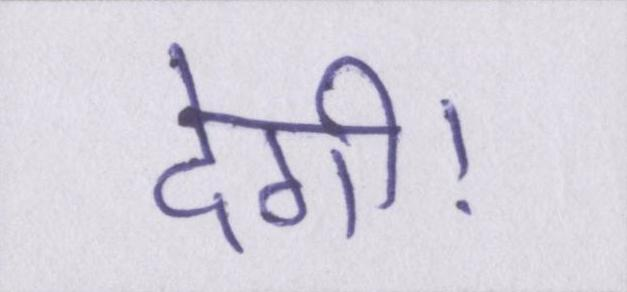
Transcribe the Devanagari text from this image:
देगी।